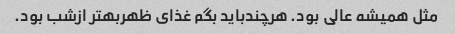
مثل همیشه عالی بود. هرچندباید بگم غذای ظهربهتر ازشب بود.